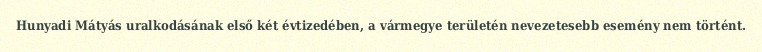
Hunyadi Mátyás uralkodásának első két évtizedében, a vármegye területén nevezetesebb esemény nem történt.